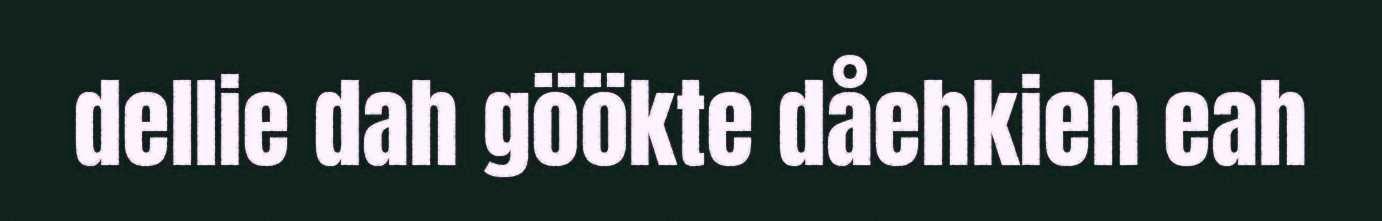
dellie dah göökte dåehkieh eah